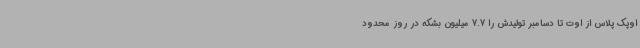
اوپک پلاس از اوت تا دسامبر تولیدش را 7.7 میلیون بشکه در روز محدود